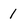
Character: l